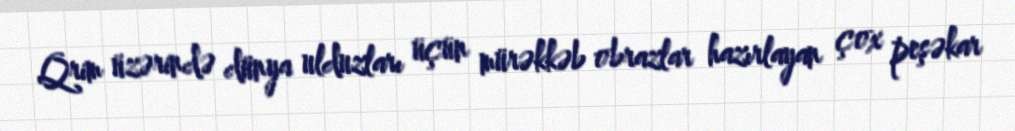
Qrim üzərində dünya ulduzları üçün mürəkkəb obrazlar hazırlayan çox peşəkar